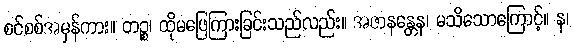
စင်စစ်အမှန်ကား။ တဉ္စ၊ ထိုမဖြေကြားခြင်းသည်လည်း။ အဇာနန္တေန၊ မသိသောကြောင့်။ န၊